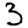
Digit: 3